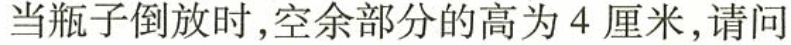
当瓶子倒放时,空余部分的高为4厘米,请问